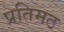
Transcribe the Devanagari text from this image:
प्रतिमठ